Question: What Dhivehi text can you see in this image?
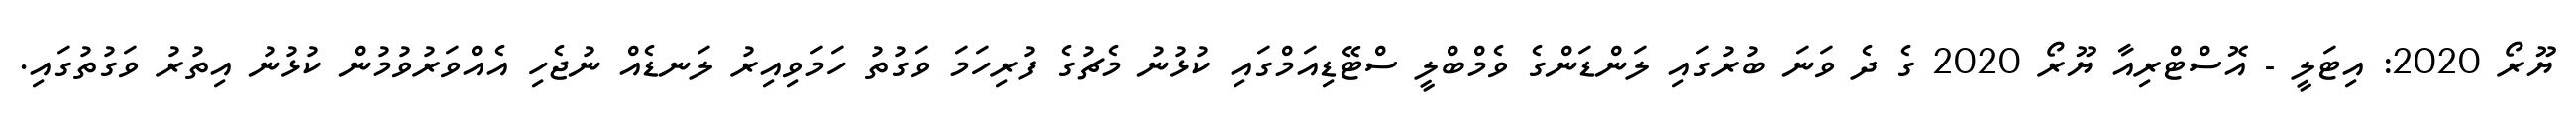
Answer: ޔޫރޯ 2020: އިޓަލީ - އޮސްޓްރިއާ ޔޫރޯ 2020 ގެ ދެ ވަނަ ބުރުގައި ލަންޑަންގެ ވެމްބްލީ ސްޓޭޑިއަމްގައި ކުޅުނު މެޗުގެ ފުރިހަމަ ވަގުތު ހަމަވިއިރު ލަނޑެއް ނުޖެހި އެއްވަރުވުމުން ކުޅުނު އިތުރު ވަގުތުގައި.